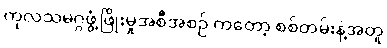
ကုလသမဂ္ဂဖွံ့ဖြိုးမှုအစီအစဉ် ကတော့ စစ်တမ်းနဲ့အတူ